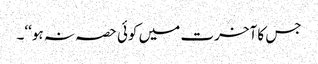
جس کا آخرت میں کوئی حصہ نہ ہو‘‘۔